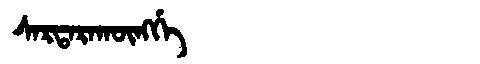
Manchu: ᠰᠠᡵᡨᠠᡵᠠᡴᡡᠩᡤᡝ
Romanization: SARTARAKŪNGGE